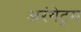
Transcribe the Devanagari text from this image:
अरंगेट्रम